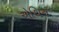
એથિન